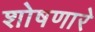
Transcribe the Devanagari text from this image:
शोषणारे